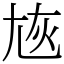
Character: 㞀